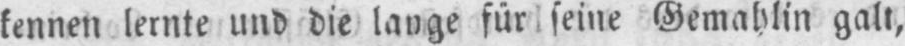
kennen lernte und die lange für seine Gemahlin galt,